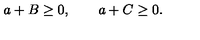
a + B \geq 0 , \qquad a + C \geq 0 .